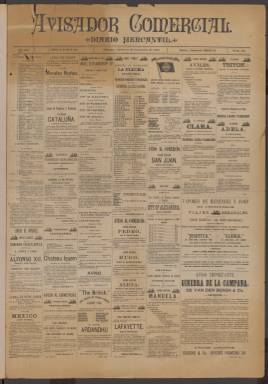
Título: Avisador comercial
Colección: Periódicos
Ámbito geográfico: Cuba
Lugar de publicación: La Habana
Fechas: 06/12/1888-31/12/1897